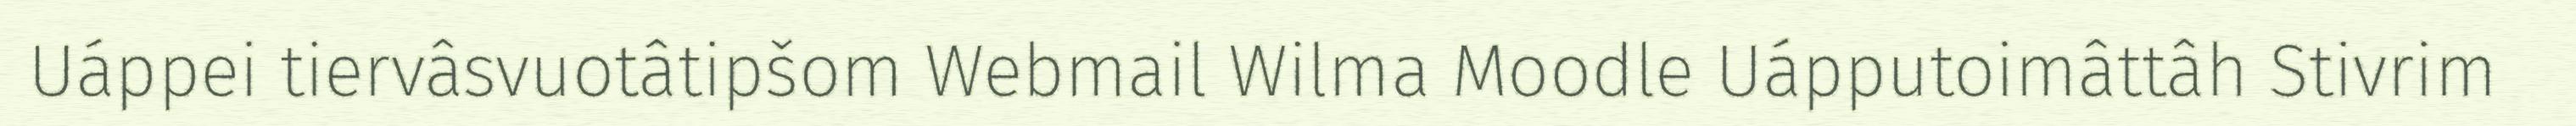
Uáppei tiervâsvuotâtipšom Webmail Wilma Moodle Uápputoimâttâh Stivrim